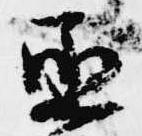
丞